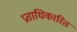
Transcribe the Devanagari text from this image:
प्रताधिकारित